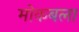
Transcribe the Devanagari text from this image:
मोकबला